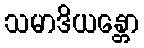
သမာဒိယန္တော